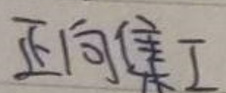
正向集I